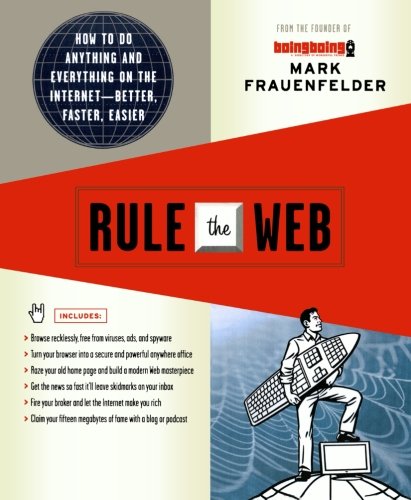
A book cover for Rule the Web: How to Do Anything and Everything on the Internet---Better, Faster, Easier; Mark Frauenfelder; Computers & Technology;